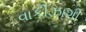
વાકીઝાશી